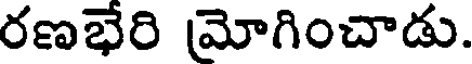
రణభేరి మోగించాడు.